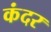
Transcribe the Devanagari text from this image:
कंदर